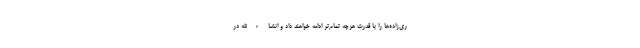
ری‌زاده‌ها را با قدرت هرچه تمام‌تر ادامه خواهند داد و انشاءالله در